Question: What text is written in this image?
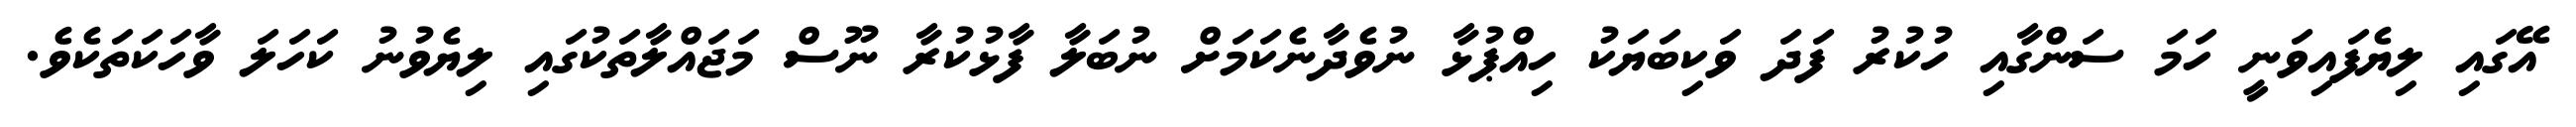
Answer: އޭގައި ލިޔެފައިވަނީ ހަމަ ސަންގާއި ހުކުރު ފަދަ ވަކިބަޔަކު ހިއްޕުޅާ ނުވެދާނެކަމަށް ނުބަލާ ފާޅުކުރާ ނޫސް މަޖައްލާތަކުގައި ލިޔެވުނު ކަހަލަ ވާހަކަތަކެވެ.